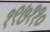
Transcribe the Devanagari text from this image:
१९७११०